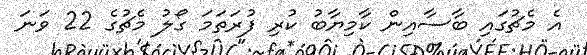
އެ މެޗުގައި ބާސާއިން ކާމިޔާބު ކުރި ފުރަތަމަ ގޯލު މެޗުގެ 22 ވަނަ